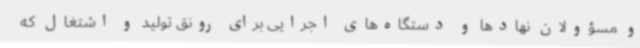
و مسؤولان نهادها و دستگاه‌های اجرایی برای رونق تولید و اشتغال که